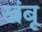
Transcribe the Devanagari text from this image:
खंबू